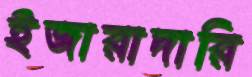
ইজারাদারি